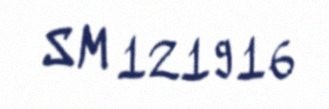
SM 121916